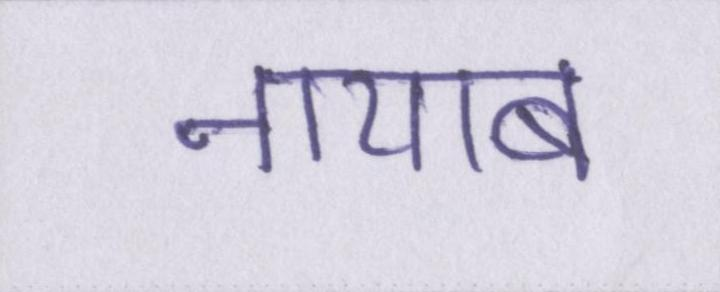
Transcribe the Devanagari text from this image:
नायाब